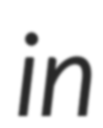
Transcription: in